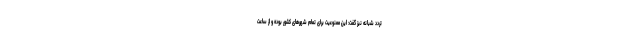
تردد شبانه نیز گفت:‌ این ممنوعیت برای تمام شهرهای کشور بوده و از ساعت